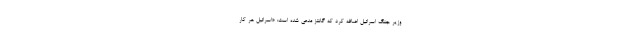
وزیر جنگ اسرائیل اضافه کرد که گانتز مدعی شده است: «اسرائیل هر کار